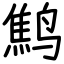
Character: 鹪